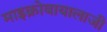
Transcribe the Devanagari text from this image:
माइक्रोबायालाजी